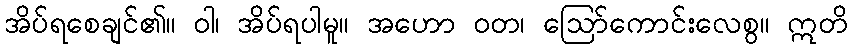
အိပ်ရစေချင်၏။ ဝါ၊ အိပ်ရပါမူ။ အဟော ဝတ၊ ဩော်ကောင်းလေစွ။ ဣတိ